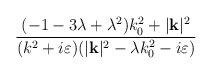
LaTeX: \begin{align*}\frac{(-1-3\lambda +\lambda ^{2})k_{0}^{2}+|\mathbf{k}|^{2}}{(k^{2}+i\varepsilon )(|\mathbf{k}|^{2}-\lambda k_{0}^{2}-i\varepsilon )}\end{align*}